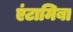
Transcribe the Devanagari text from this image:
एंटामिबा